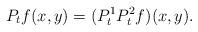
LaTeX: \begin{align*}P_t f(x,y) = (P_t^1P_t^2f)(x,y).\end{align*}